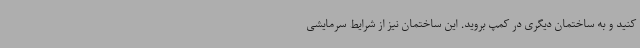
کنید و به ساختمان دیگری در کمپ بروید. این ساختمان نیز از شرایط سرمایشی